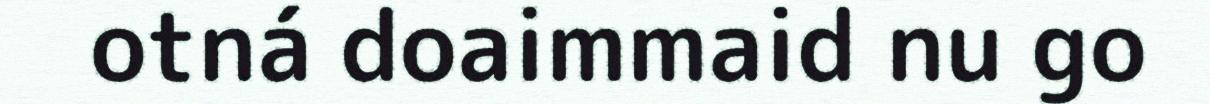
otná doaimmaid nu go